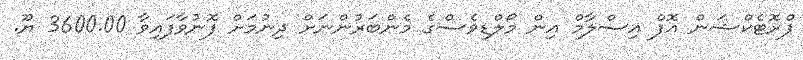
ޕްރޮޓެކްޝަން އޮފް އިސްލާމް އިން މޯލްޑިވެސްގެ މެންބަރުންނަށް ދިނުމަށް ފޮނުވާފައިވާ 3600.00 ޔޫ.